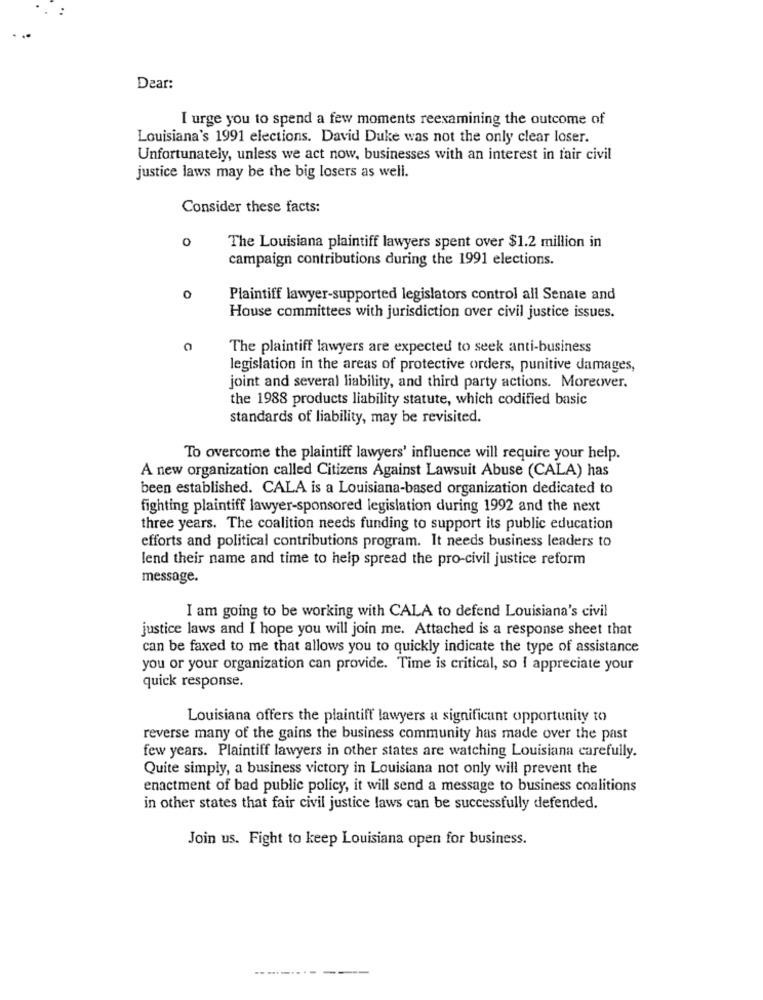
Dear:
I urge you to spend a few moments reexamining the outcome of
Louisiana's 1991 elections. David Duke was not the only clear loser.
Unfortunately, unless we act now, businesses with an interest in fair civil
justice laws may be the big losers as well.
Consider these facts:
0
The Louisiana plaintiff lawyers spent over $1.2 million in
campaign contributions during the 1991 elections.
0
Plaintiff lawyer-supported legislators control all Senate and
House committees with jurisdiction over civil justice issues.
C
The plaintiff lawyers are expected to seek anti-business
legislation in the areas of protective orders, punitive damages,
joint and several liability, and third party actions. Moreover.
the 1988 products liability statute, which codified basic
standards of liability, may be revisited.
To overcome the plaintiff lawyers' influence will require your help.
A new organization called Citizens Against Lawsuit Abuse (CALA) has
been established. CALA is a Louisiana-based organization dedicated to
fighting plaintiff lawyer-sponsored legislation during 1992 and the next
three years. The coalition needs funding to support its public education
efforts and political contributions program. It needs business leaders to
lend their name and time to help spread the pro-civil justice reform
message.
I am going to be working with CALA to defend Louisiana's civil
justice laws and I hope you will join me. Attached is a response sheet that
can be faxed to me that allows you to quickly indicate the type of assistance
you or your organization can provide. Time is critical, so I appreciate your
quick response.
Louisiana offers the plaintiff lawyers a significant opportunity to
reverse many of the gains the business community has made over the past
few years. Plaintiff lawyers in other states are watching Louisiana carefully.
Quite simply, a business victory in Louisiana not only will prevent the
enactment of bad public policy, it will send a message to business coalitions
in other states that fair civil justice laws can be successfully defended.
Join us. Fight to keep Louisiana open for business.
-----------